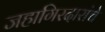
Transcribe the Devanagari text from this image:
जहागिरदारांचे